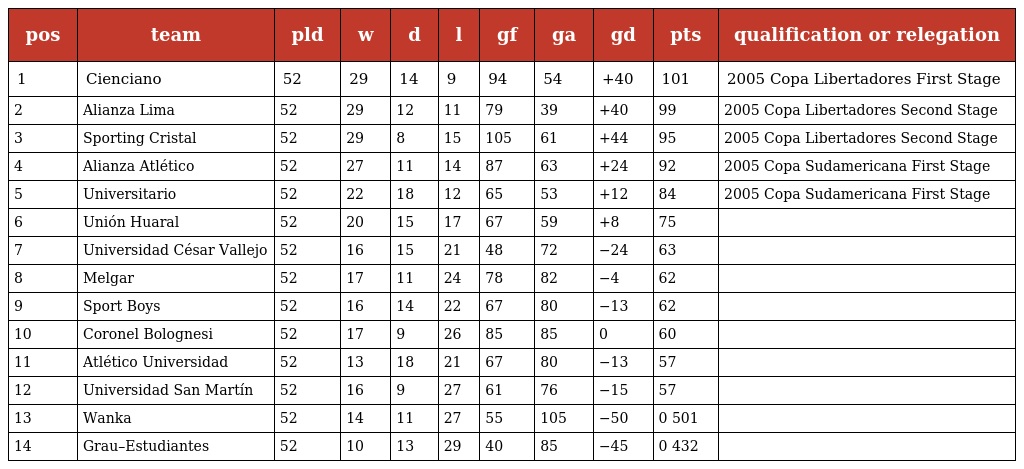
| pos | team | pld | w | d | l | gf | ga | gd | pts | qualification or relegation |
 | --- | --- | --- | --- | --- | --- | --- | --- | --- | --- | --- |
 | 1 | Cienciano | 52 | 29 | 14 | 9 | 94 | 54 | +40 | 101 | 2005 Copa Libertadores First Stage |
 | 2 | Alianza Lima | 52 | 29 | 12 | 11 | 79 | 39 | +40 | 99 | 2005 Copa Libertadores Second Stage |
 | 3 | Sporting Cristal | 52 | 29 | 8 | 15 | 105 | 61 | +44 | 95 | 2005 Copa Libertadores Second Stage |
 | 4 | Alianza Atlético | 52 | 27 | 11 | 14 | 87 | 63 | +24 | 92 | 2005 Copa Sudamericana First Stage |
 | 5 | Universitario | 52 | 22 | 18 | 12 | 65 | 53 | +12 | 84 | 2005 Copa Sudamericana First Stage |
 | 6 | Unión Huaral | 52 | 20 | 15 | 17 | 67 | 59 | +8 | 75 |  |
 | 7 | Universidad César Vallejo | 52 | 16 | 15 | 21 | 48 | 72 | −24 | 63 |  |
 | 8 | Melgar | 52 | 17 | 11 | 24 | 78 | 82 | −4 | 62 |  |
 | 9 | Sport Boys | 52 | 16 | 14 | 22 | 67 | 80 | −13 | 62 |  |
 | 10 | Coronel Bolognesi | 52 | 17 | 9 | 26 | 85 | 85 | 0 | 60 |  |
 | 11 | Atlético Universidad | 52 | 13 | 18 | 21 | 67 | 80 | −13 | 57 |  |
 | 12 | Universidad San Martín | 52 | 16 | 9 | 27 | 61 | 76 | −15 | 57 |  |
 | 13 | Wanka | 52 | 14 | 11 | 27 | 55 | 105 | −50 | 0 501 |  |
 | 14 | Grau–Estudiantes | 52 | 10 | 13 | 29 | 40 | 85 | −45 | 0 432 |  |